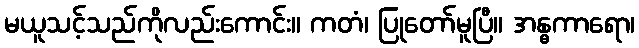
မယူသင့်သည်ကိုလည်းကောင်း။ ကတံ၊ ပြုတော်မူပြီ။ အန္ဓကာရော၊